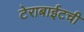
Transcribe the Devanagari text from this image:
टेराबाईटची